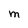
Character: M